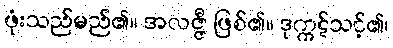
ဖုံးသည်မည်၏။ အလဇ္ဇီ ဖြစ်၏။ ဒုက္ကဋ်သင့်၏၊